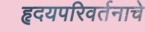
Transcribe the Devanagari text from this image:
हृदयपरिवर्तनाचे